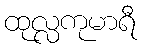
ထုလ္လကုမာရီ